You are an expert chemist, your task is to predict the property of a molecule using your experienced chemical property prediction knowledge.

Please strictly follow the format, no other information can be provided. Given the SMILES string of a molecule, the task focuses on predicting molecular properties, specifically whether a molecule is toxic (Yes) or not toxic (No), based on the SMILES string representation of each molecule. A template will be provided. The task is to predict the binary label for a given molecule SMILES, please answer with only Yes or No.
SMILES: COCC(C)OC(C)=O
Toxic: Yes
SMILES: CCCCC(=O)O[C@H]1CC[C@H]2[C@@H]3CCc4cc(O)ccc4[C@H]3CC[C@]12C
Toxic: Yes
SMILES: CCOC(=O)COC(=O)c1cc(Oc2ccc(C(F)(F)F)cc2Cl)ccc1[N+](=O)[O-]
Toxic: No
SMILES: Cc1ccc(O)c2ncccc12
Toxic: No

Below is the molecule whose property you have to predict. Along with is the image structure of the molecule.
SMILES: Cc1onc(-c2c(Cl)cccc2Cl)c1C(=O)Cl
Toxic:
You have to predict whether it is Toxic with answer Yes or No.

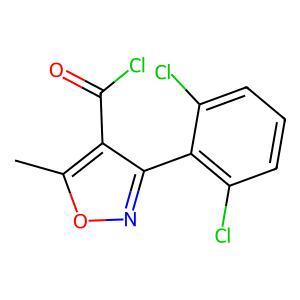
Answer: No